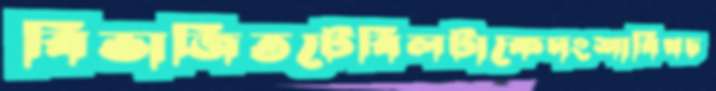
বিভাজিতটেবিলটাকেদংশাবিখচ